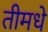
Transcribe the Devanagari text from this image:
तीमधे